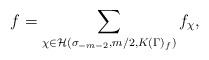
\begin{align*}f=\sum_{\chi\in\mathcal{H}(\sigma_{-m-2},m/2,K(\Gamma)_f)}f_{\chi},\end{align*}